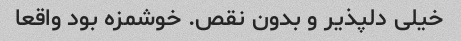
خیلی دلپذیر و بدون نقص. خوشمزه بود واقعا